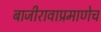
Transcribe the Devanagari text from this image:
बाजीरावाप्रमाणेच